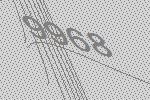
9968